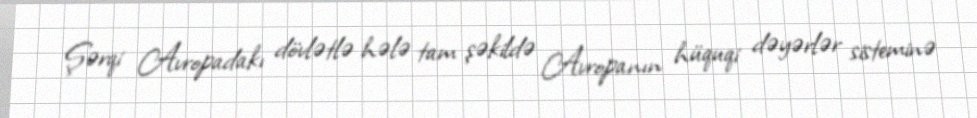
Şərqi Avropadakı dövlətlə hələ tam şəkildə Avropanın hüquqi dəyərlər sisteminə